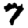
Digit: 7